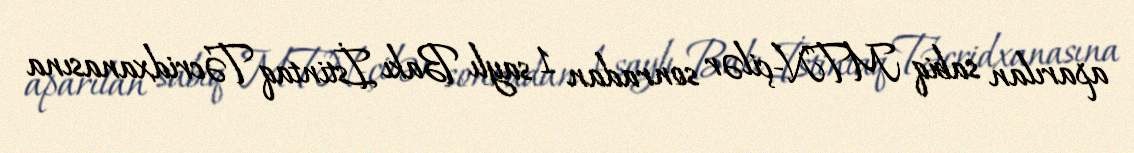
aparılan sabiq MTN-çilər sonradan 1 saylı Bakı İstintaq Təcridxanasına